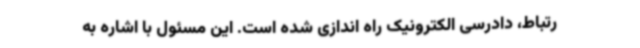
رتباط، دادرسی الکترونیک راه اندازی شده است. این مسئول با اشاره به